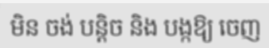
មិន ចង់ បន្តិច និង បង្កឱ្យ ចេញ